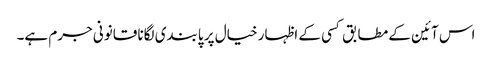
اس آئین کے مطابق کسی کے اظہار خیال پر پابندی لگانا قانونی جرم ہے۔